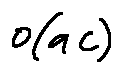
o ( a C )